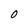
Character: O